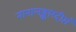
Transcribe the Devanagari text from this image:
नानालङ्कारदीप्तं